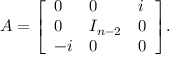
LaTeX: A = { \left[ \begin{array} { l l l } { 0 } & { 0 } & { i } \\ { 0 } & { I _ { n - 2 } } & { 0 } \\ { - i } & { 0 } & { 0 } \end{array} \right] } .